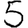
Digit: 5